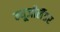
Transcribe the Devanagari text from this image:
न्यूजीलैंडर